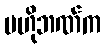
ဗဟိုဘဏ်က